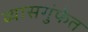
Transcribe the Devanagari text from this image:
व्यासगुंफेत